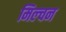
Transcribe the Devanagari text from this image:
मिल्चन